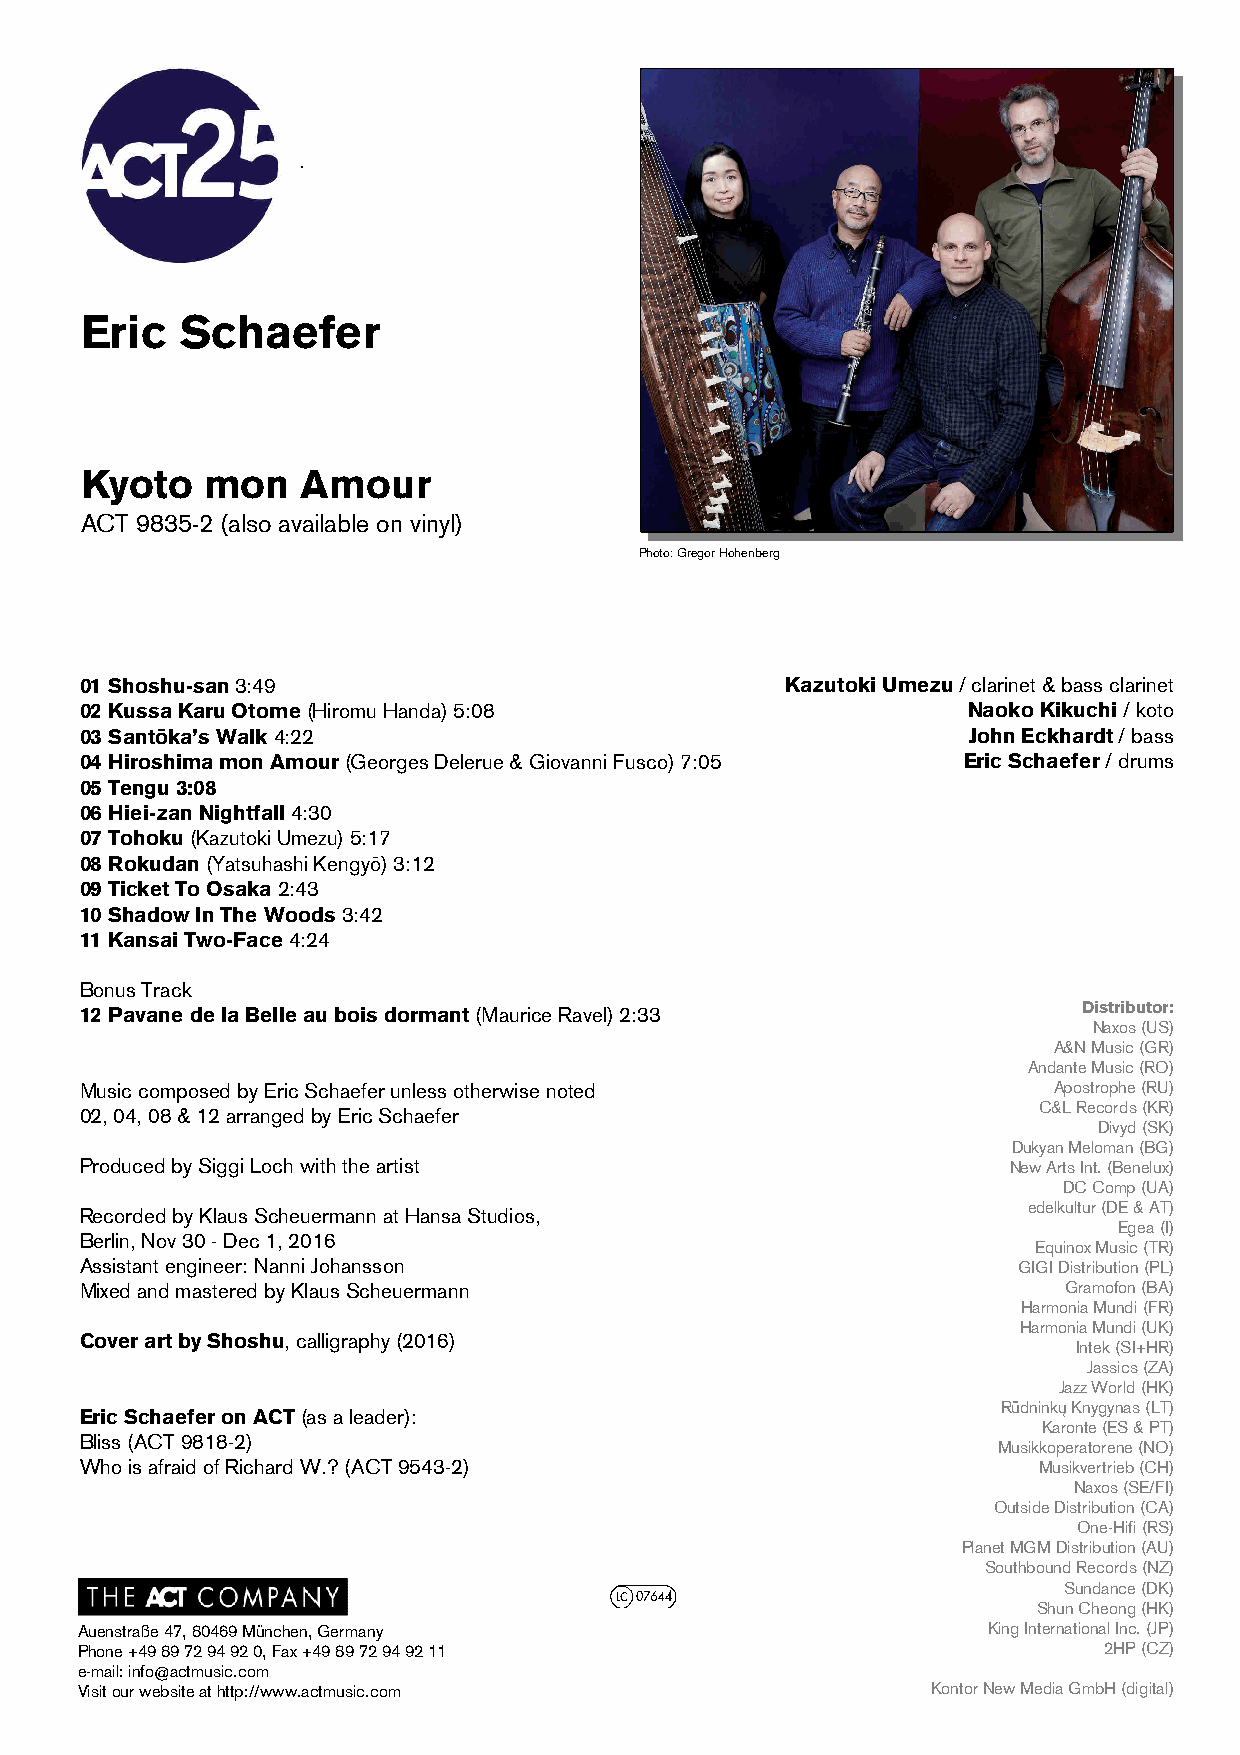
Eric   S c h a e f e r
 Kyoto    mon   Amour
 ACT 9 835-2 (also available on vinyl)
 Photo: Gregor Hohenberg
 01 Shoshu-san 3:49                             Kazutoki Umezu / clarinet & bass clarinet
 02 Kussa Karu Otome (Hiromu Handa) 5:08                    Naoko Kikuchi / koto
 03 Santōka’s Walk 4:22                                     John Eckhardt / bass
 04 Hiro shima mon Amour (Georges Delerue & Giovanni Fusco) 7:05 Eric Schaefer / drums
 05 Tengu 3:08
 06 Hiei -zan Nightfall 4:30
 07 Toho ku (Kazutoki Umezu) 5:17
 08 Rok udan (Yatsuhashi Kengyō) 3:12
 09 Ticket To Osaka 2:43
 10 Shadow In The Woods 3:42
 11 Kansai Two-Face 4:24
 Bonus T rack
 12 Pava ne de la Belle au bois dormant (Maurice Ravel) 2:33
 Distributor:
 Naxos (US)
 A&N Music (GR)
 Andante Music (RO)
 Music composed by Eric Schaefer unless otherwise noted           Apostrophe (RU)
 C&L Records (KR)
 02, 04, 08 & 12 arranged by Eric Schaefer
 Divyd (SK)
 Dukyan Meloman (BG)
 Produced by Siggi Loch with the artist                        New Arts Int. (Benelux)
 DC Comp (UA)
 Recorde d by Klaus Scheuermann at Hansa Studios,
 edelkultur (DE & AT)
 Egea (I)
 Berlin, N ov 30 - Dec 1, 2016
 Equinox Music (TR)
 Assistan t engineer: Nanni Johansson                          GIGI Distribution (PL)
 Mixed and mastered by Klaus Scheuermann                          Gramofon (BA)
 Harmonia Mundi (FR)
 Harmonia Mundi (UK)
 Cover art by Shoshu, calligraphy (2016)
 Intek (SI+HR)
 Jassics (ZA)
 Jazz World (HK)
 Eric Schaefer on ACT (as a leader):                          Rūdninkų Knygynas (LT)
 Karonte (ES & PT)
 Bliss (ACT 9818-2)
 Musikkoperatorene (NO)
 Who is afraid of Richard W.? (ACT 9543-2)                       Musikvertrieb (CH)
 Naxos (SE/FI)
 Outside Distribution (CA)
 One-Hifi (RS)
 Planet MGM Distribution (AU)
 Southbound Records (NZ)
 Sundance (DK)
 Shun Cheong (HK)
 Auenstraße 47, 80469 München, Germany                       King International Inc. (JP)
 Phone +49 89 72 94 92 0, Fax +49 89 72 94 92 11                     2HP (CZ)
 e-mail: info @actmusic.com
 Visit our website at http://www.actmusic.com             Kontor New Media GmbH (digital)